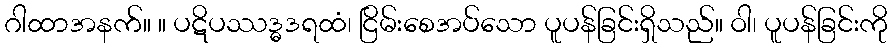
ဂါထာအနက်။ ။ ပဋိပဿဒ္ဓဒရထံ၊ ငြိမ်းစေအပ်သော ပူပန်ခြင်းရှိသည်။ ဝါ၊ ပူပန်ခြင်းကို